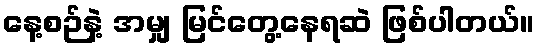
နေ့စဉ်နဲ့ အမျှ မြင်တွေ့နေရဆဲ ဖြစ်ပါတယ်။